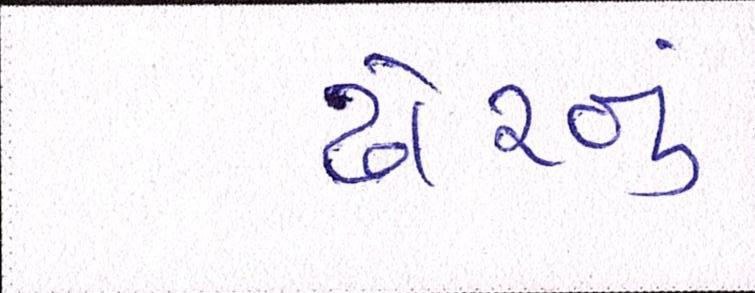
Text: ઢોરનું